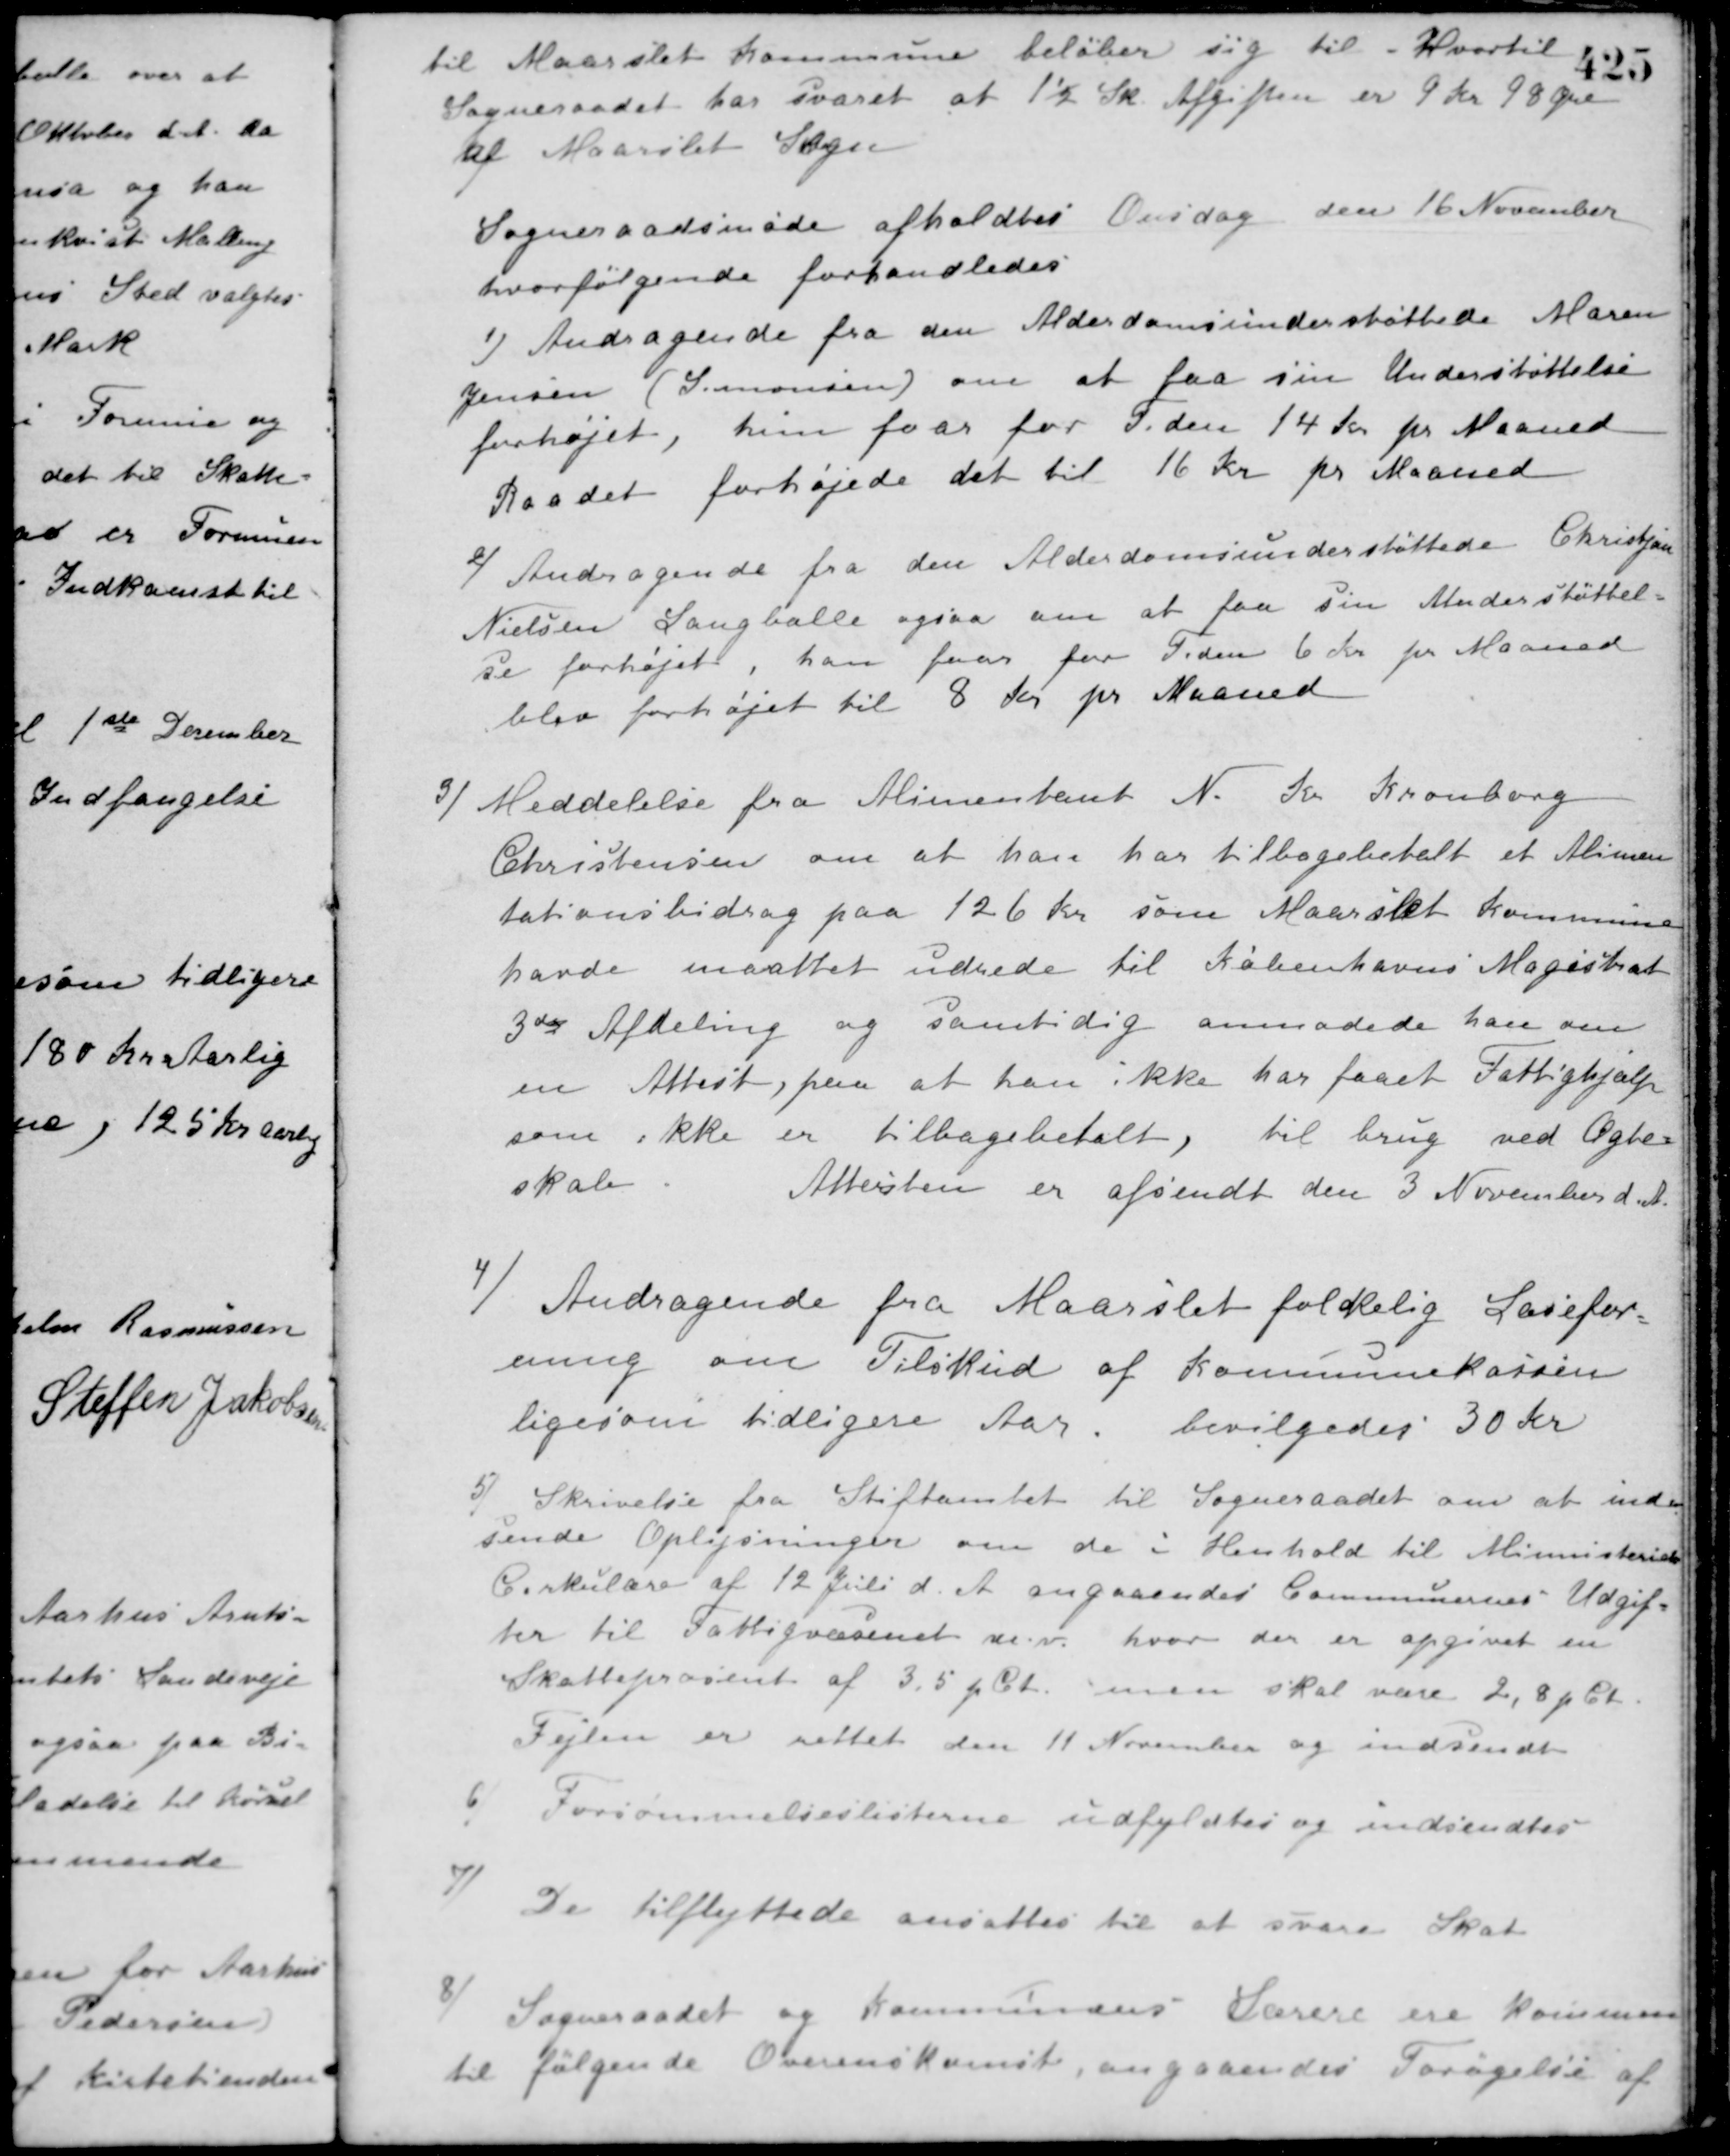
Transskription:
til Maarslet Kommune beløber sig til hvortil
Sogneraadet har svaret at 1½ Sk. Afgiften er 9 Kr. 98 Øre
til Maarslet Sogn
Sogneraadsmøde afholdtes Onsdag den 16 November
hvor følgende forhandledes
1/ Andragende fra den Alderdomsunderstøttede Maren
Jensen (Simonsen) om at faa sin Understøttelse
forhøjet, hun faar for Tiden 14 Kr. pr. Maaned
Raadet forhøjede det til 16 Kr. pr. Maaned.
2/ Andragende fra den Alderdomsunderstøttede Christian
Nielsen Langballe ogsaa om at faa sin Understøttel-
se forhøjet, han faar for Tiden 6 Kr. pr. Maaned
blev forhøjet til 8 Kr. pr. Maaned.
3/ Meddelelse fra Alimentant N. Kr. Kronborg
Christensen om at han har tilbagebetalt et Alimen-
tationsbidrag paa 126 Kr. som Maarslet Kommune
havde maattet udrede til Københavns Magistrat
3die Afdeling og samtidig anmodede han om
en Attest, paa at han ikke har faaet Fattighjælp
som ikke er tilbagebetalt, til brug ved Ægte-
skab.
Attesten er afsendt den 3 November d. A.
4/ Andragende fra Maarslet folkelig Læsefor-
ening om Tilskud af Kommunekassen
ligesom tidligere Aar, bevilgedes 30 Kr.
5/ Skrivelse fra Stiftamtet til Sogneraadet om at ind-
sende Oplysninger om de i Henhold til Ministeriets
Cirkulære af 12 Juli d. A. angaaendes Communernes Udgif-
ter til Fattigvæsenet m.v. hvor der er opgivet en
Skatteprocent af 3,5 pCt. men skal være 2,8 pCt
Fejlen er rettet den 11 November og indsendt.
6/ Forsømmelseslisterne udfyldtes og indsendtes.
7/ De tilflyttede ansattes til at svare Skat.
8/ Sogneraadet og Kommunens Lærere ere kommen
til følgende Overenskomst, angaaendes Forøgelse af